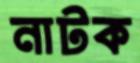
নাটক